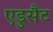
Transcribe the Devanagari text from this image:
एडुसैट